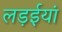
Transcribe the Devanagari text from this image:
लड़ईयां